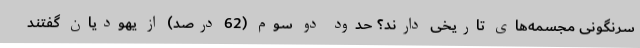
سرنگونی مجسمه‌های تاریخی دارند؟ حدود دو سوم (62 درصد) از یهودیان گفتند